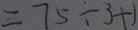
= 7 5 \div 3 + 1